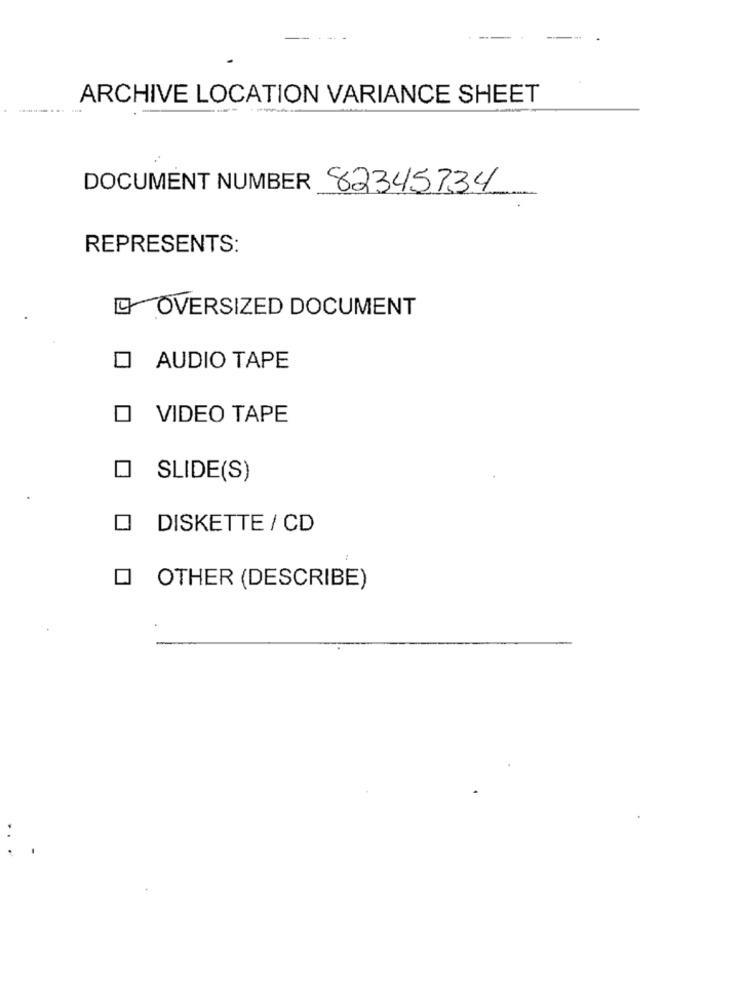
ARCHIVE LOCATION VARIANCE SHEET
---
DOCUMENT NUMBER 82345734
REPRESENTS:
OVERSIZED DOCUMENT
AUDIO TAPE
VIDEO TAPE
SLIDE(S)
DISKETTE / CD
O OTHER (DESCRIBE)